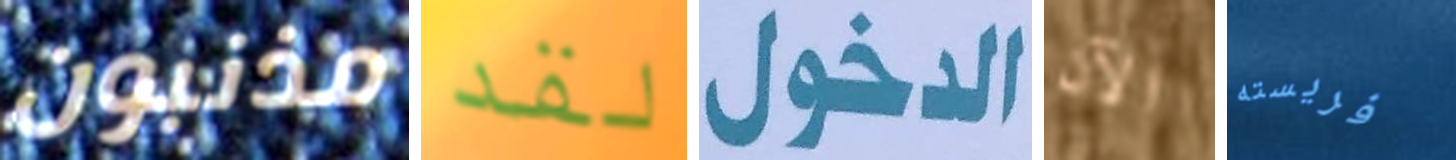
مذنبون لقد الدخول الآن فريسته